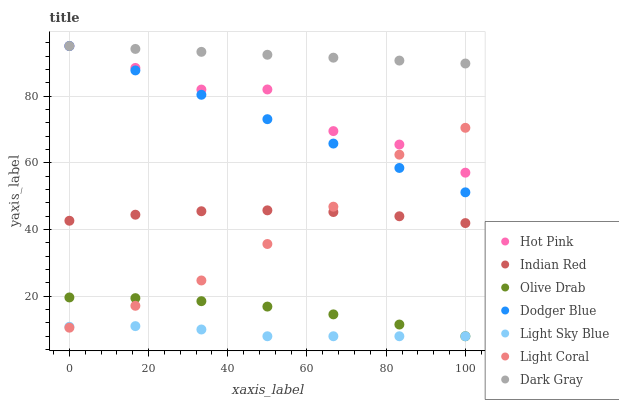
| xaxis_label | Hot Pink | Indian Red | Olive Drab | Dodger Blue | Light Sky Blue | Light Coral | Dark Gray |
 | --- | --- | --- | --- | --- | --- | --- | --- |
 | 0 | 95 | 42.6 | 19.6 | 95 | 10.8 | 10.6 | 95 |
 | 16.7 | 88.4 | 44.4 | 19.4 | 87.7 | 11 | 17.1 | 94.1 |
 | 33.3 | 81.9 | 45.5 | 18.5 | 80.4 | 10 | 24.7 | 93.3 |
 | 50 | 82 | 45.7 | 16.9 | 73.1 | 8 | 35.7 | 92.4 |
 | 66.7 | 69.5 | 45.2 | 14.6 | 65.8 | 8 | 46.8 | 91.5 |
 | 83.3 | 65.5 | 44 | 11.5 | 58.5 | 8 | 62.4 | 90.6 |
 | 100 | 57 | 41.9 | 8 | 51.1 | 8 | 70.5 | 89.8 |